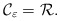
\begin{align*} \mathcal{C}_\varepsilon = \mathcal{R}_{}. \end{align*}